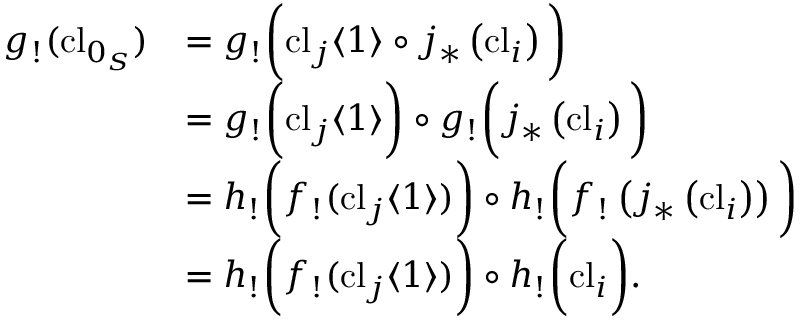
\begin{array} { r l } { g _ { ! } ( \mathrm { c l } _ { 0 _ { S } } ) } & { = g _ { ! } \bigg ( \mathrm { c l } _ { j } \langle 1 \rangle \circ j _ { * } \left( \mathrm { c l } _ { i } \right) \bigg ) } \\ & { = g _ { ! } \bigg ( \mathrm { c l } _ { j } \langle 1 \rangle \bigg ) \circ g _ { ! } \bigg ( j _ { * } \left( \mathrm { c l } _ { i } \right) \bigg ) } \\ & { = h _ { ! } \bigg ( f _ { ! } ( \mathrm { c l } _ { j } \langle 1 \rangle ) \bigg ) \circ h _ { ! } \bigg ( f _ { ! } \left( j _ { * } \left( \mathrm { c l } _ { i } \right) \right) \bigg ) } \\ & { = h _ { ! } \bigg ( f _ { ! } ( \mathrm { c l } _ { j } \langle 1 \rangle ) \bigg ) \circ h _ { ! } \bigg ( \mathrm { c l } _ { i } \bigg ) . } \end{array}